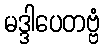
မဒ္ဒါပေတဗ္ဗံ